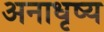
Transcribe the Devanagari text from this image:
अनाधृष्य